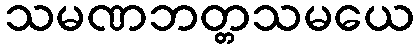
သမဏဘတ္တသမယေ